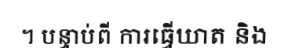
។ បន្ទាប់ពី ការធ្វើឃាត និង